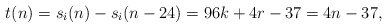
\begin{align*} t(n) = s_i(n) - s_i(n-24) = 96k + 4r - 37 = 4n-37,\end{align*}